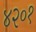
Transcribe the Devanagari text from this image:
४२०१